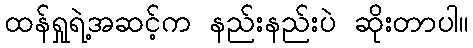
ထန်ရှုရဲ့အဆင့်က နည်းနည်းပဲ ဆိုးတာပါ။